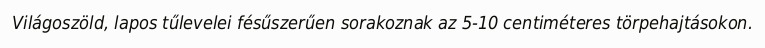
Világoszöld, lapos tűlevelei fésűszerűen sorakoznak az 5-10 centiméteres törpehajtásokon.